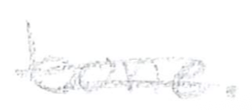
Text: bone.
Cross-out: double-line
Writing tool: pencil